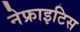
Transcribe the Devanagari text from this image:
नेफ्राइटिस